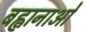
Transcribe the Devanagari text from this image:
बह्वानाओं